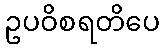
ဥပဝိစရတိပေ